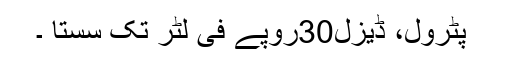
﻿ پٹرول، ڈیزل30روپے فی لٹر تک سستا ۔